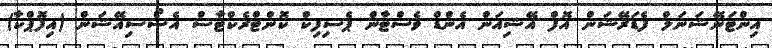
އިންޓަނޭޝަނަލް ފެޑަރޭޝަން އޮފް އޭޝިއަން އެންޑް ވެސްޓާން ޕެސިފިކް ކޮންޓްރެކްޓާސް އެސޯސިއޭޝަން (އިފޮޕްކާ)